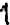
1